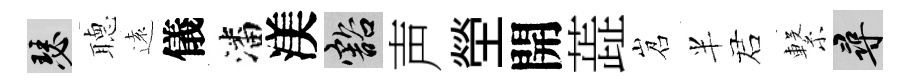
瑟𦗟遠儀潘渼豁声塋開蕋岧半诺繋尋